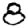
Digit: 8